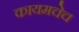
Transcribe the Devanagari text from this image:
कायमचेच